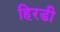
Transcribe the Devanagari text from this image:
हिरडी